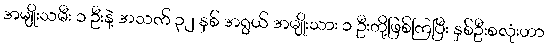
အမျိုးသမီး ၁ ဦးနဲ့ အသက် ၃၂ နှစ် အရွယ် အမျိုးသား ၁ ဦးတို့ဖြစ်ကြပြီး နှစ်ဦးစလုံးဟာ